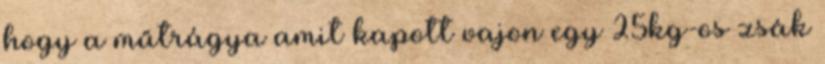
hogy a műtrágya amit kapott vajon egy 25kg-os zsák